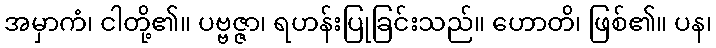
အမှာကံ၊ ငါတို့၏။ ပဗ္ဗဇ္ဇာ၊ ရဟန်းပြုခြင်းသည်။ ဟောတိ၊ ဖြစ်၏။ ပန၊